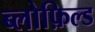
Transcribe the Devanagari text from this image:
ब्लोफ़िल्ड